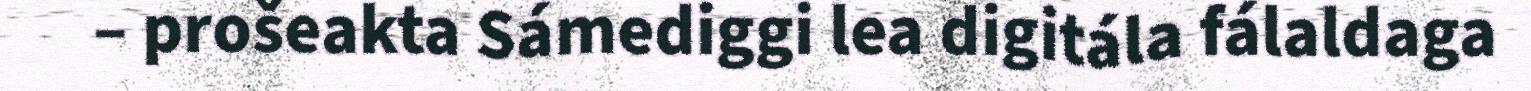
– prošeakta Sámediggi lea digitála fálaldaga